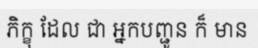
ភិក្ខុ ដែល ជា អ្នកបញ្ជូន ក៏ មាន